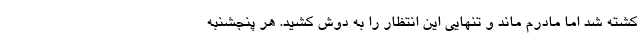
کشته شد اما مادرم ماند و تنهایی این انتظار را به دوش کشید. هر پنجشنبه